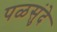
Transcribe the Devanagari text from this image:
पळसुंदे